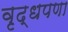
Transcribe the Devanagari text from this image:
वृद्धपणा